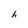
Character: h